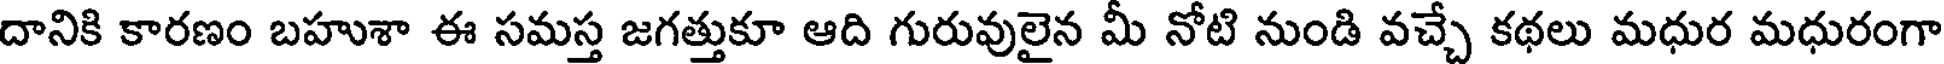
దానికి కారణం బహుశా ఈ సమస్త జగత్తుకూ ఆది గురువులైన మీ నోటి నుండి వచ్చే కథలు మధుర మధురంగా